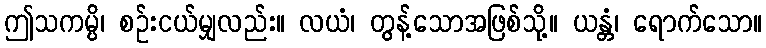
ဤသကမ္ပိ၊ စဉ်းငယ်မျှလည်း။ လယံ၊ တွန့်သောအဖြစ်သို့။ ယန္တံ၊ ရောက်သော။